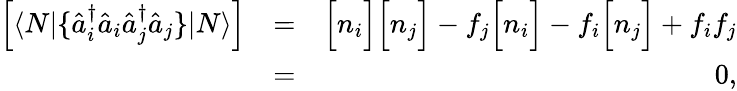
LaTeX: \begin{array}{rlr}{\left[\langle N|\{ \hat{a}_{i}^{\dagger}\hat{a}_{i}\hat{a}_{j}^{\dagger}\hat{a}_{j}\} |N\rangle\right]}&{=}&{\Big[n_{i}\Big]\Big[n_{j}\Big]-f_{j}\Big[n_{i}\Big]-f_{i}\Big[n_{j}\Big]+f_{i}f_{j}}\\ &{=}&{0,}\end{array}